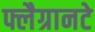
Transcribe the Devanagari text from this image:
फ्लैग्रानटे